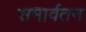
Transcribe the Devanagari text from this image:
समार्वतन